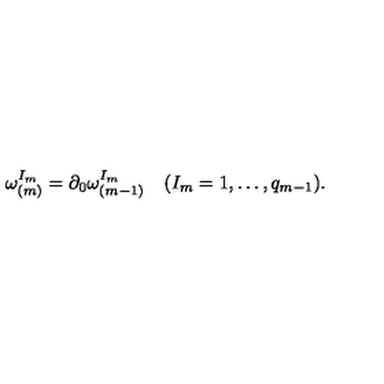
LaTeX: \omega _ { ( m ) } ^ { I _ { m } } = \partial _ { 0 } \omega _ { ( m - 1 ) } ^ { I _ { m } } \quad ( I _ { m } = 1 , \ldots , q _ { m - 1 } ) .